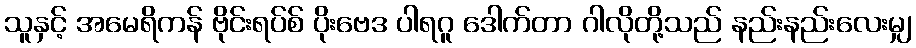
သူနှင့် အမေရိကန် ဗိုင်းရပ်စ် ပိုးဗေဒ ပါရဂူ ဒေါက်တာ ဂါလိုတို့သည် နည်းနည်းလေးမျှ